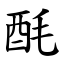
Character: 酕